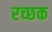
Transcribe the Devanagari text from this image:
रच्‍छक